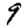
Digit: 9